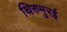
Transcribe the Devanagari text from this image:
थिरुमुरई